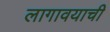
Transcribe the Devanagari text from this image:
लागावयाची